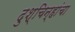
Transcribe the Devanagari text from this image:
दुश्चिन्हांचा